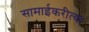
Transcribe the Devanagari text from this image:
सामाईकरीत्या